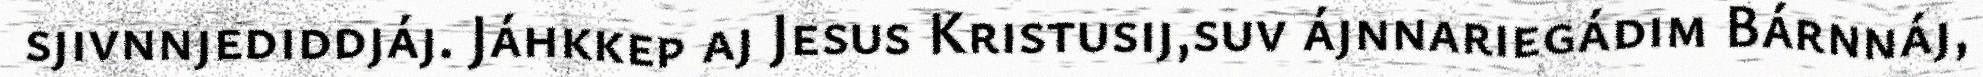
sjivnnjediddjáj. Jáhkkep aj Jesus Kristusij,suv ájnnariegádim Bárnnáj,